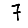
Digit: 7